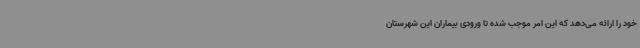
خود را ارائه می‌دهد که این امر موجب شده تا ورودی بیماران این شهرستان